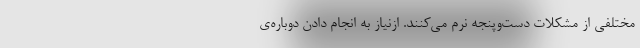
مختلفی از مشکلات دست‌وپنجه نرم می‌کنند. ازنیاز به انجام دادن دوباره‌ی